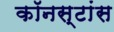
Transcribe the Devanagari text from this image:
कॉनस्टांस